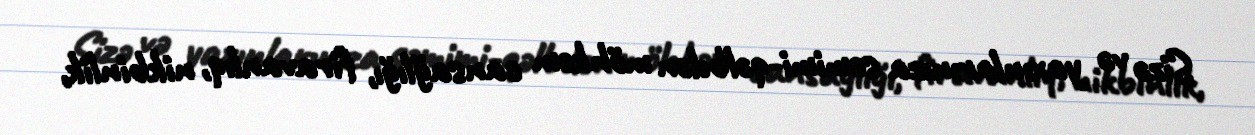
Sizə və yaxınlarınıza səmimi-qəlbdən möhkəm cansağlığı, firavanlıq, nikbinlik,